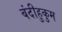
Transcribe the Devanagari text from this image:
बंदीहुकुम